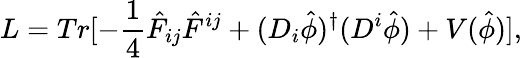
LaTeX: L=Tr[-\frac{1}{4}{\hat{F}}_{ij}{\hat{F}}^{ij}+(D_{i}{\hat{\phi}})^{\dagger}(D^{i}{\hat{\phi}})+V(\hat{\phi})],